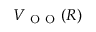
V _ { \mathrm { ~ O ~ O ~ } } ( R )